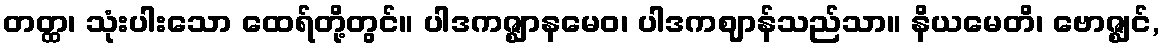
တတ္ထ၊ သုံးပါးသော ထေရ်တို့တွင်။ ပါဒကဇ္ဈာနမေဝ၊ ပါဒကဈာန်သည်သာ။ နိယမေတိ၊ ဗောဇ္ဈင်,